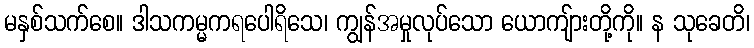
မနှစ်သက်စေ။ ဒါသကမ္မကရပေါရိသေ၊ ကျွန်အမှုလုပ်သော ယောကျ်ားတို့ကို။ န သုခေတိ၊